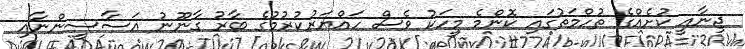
ޖިނާއީ ކުށެއްގެ ތުހްމަތުގައި ކޮންމެ މީހަކު ވެސް ހައްޔަރުކުރުމުގެ ބާރު ގާނޫނު އަސާސީންނާއި